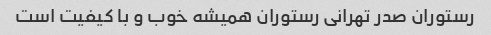
رستوران صدر تهرانی رستوران همیشه خوب و با کیفیت است